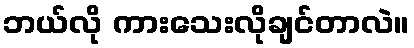
ဘယ်လို ကားသေးလိုချင်တာလဲ။